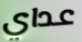
عداي